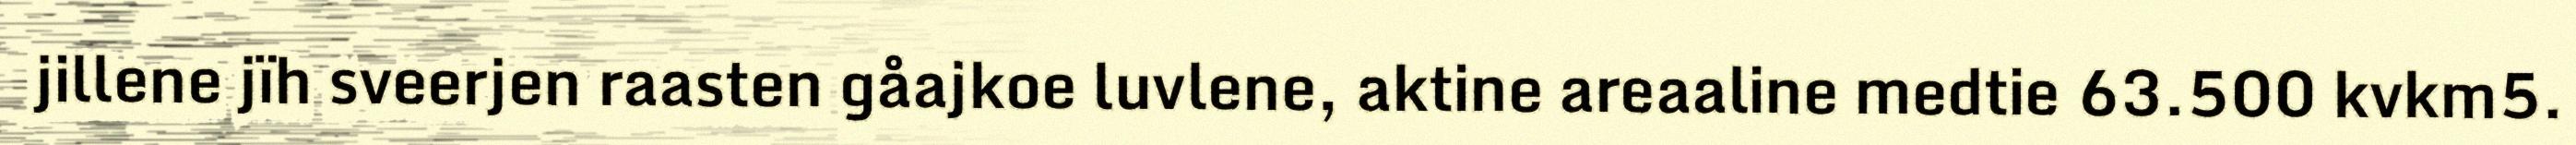
jillene jïh sveerjen raasten gåajkoe luvlene, aktine areaaline medtie 63.500 kvkm5.